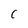
Character: C